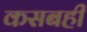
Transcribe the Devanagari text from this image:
कसबही